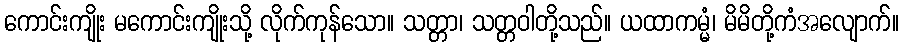
ကောင်းကျိုး မကောင်းကျိုးသို့ လိုက်ကုန်သော။ သတ္တာ၊ သတ္တဝါတို့သည်။ ယထာကမ္မံ၊ မိမိတို့ကံအလျောက်။